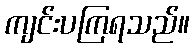
ကျင်းပကြရသည်။